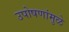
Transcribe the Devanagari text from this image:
उपोषणांमुळे